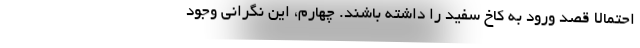
احتمالا قصد ورود به کاخ سفید را داشته باشند. چهارم، این نگرانی وجود